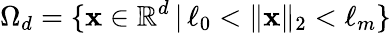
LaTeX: \Omega_{d}=\{ \mathbf{x}\in\mathbb{R}^{d}\, |\, \ell_{0}<\| \mathbf{x}\| _{2}<\ell_{m}\}